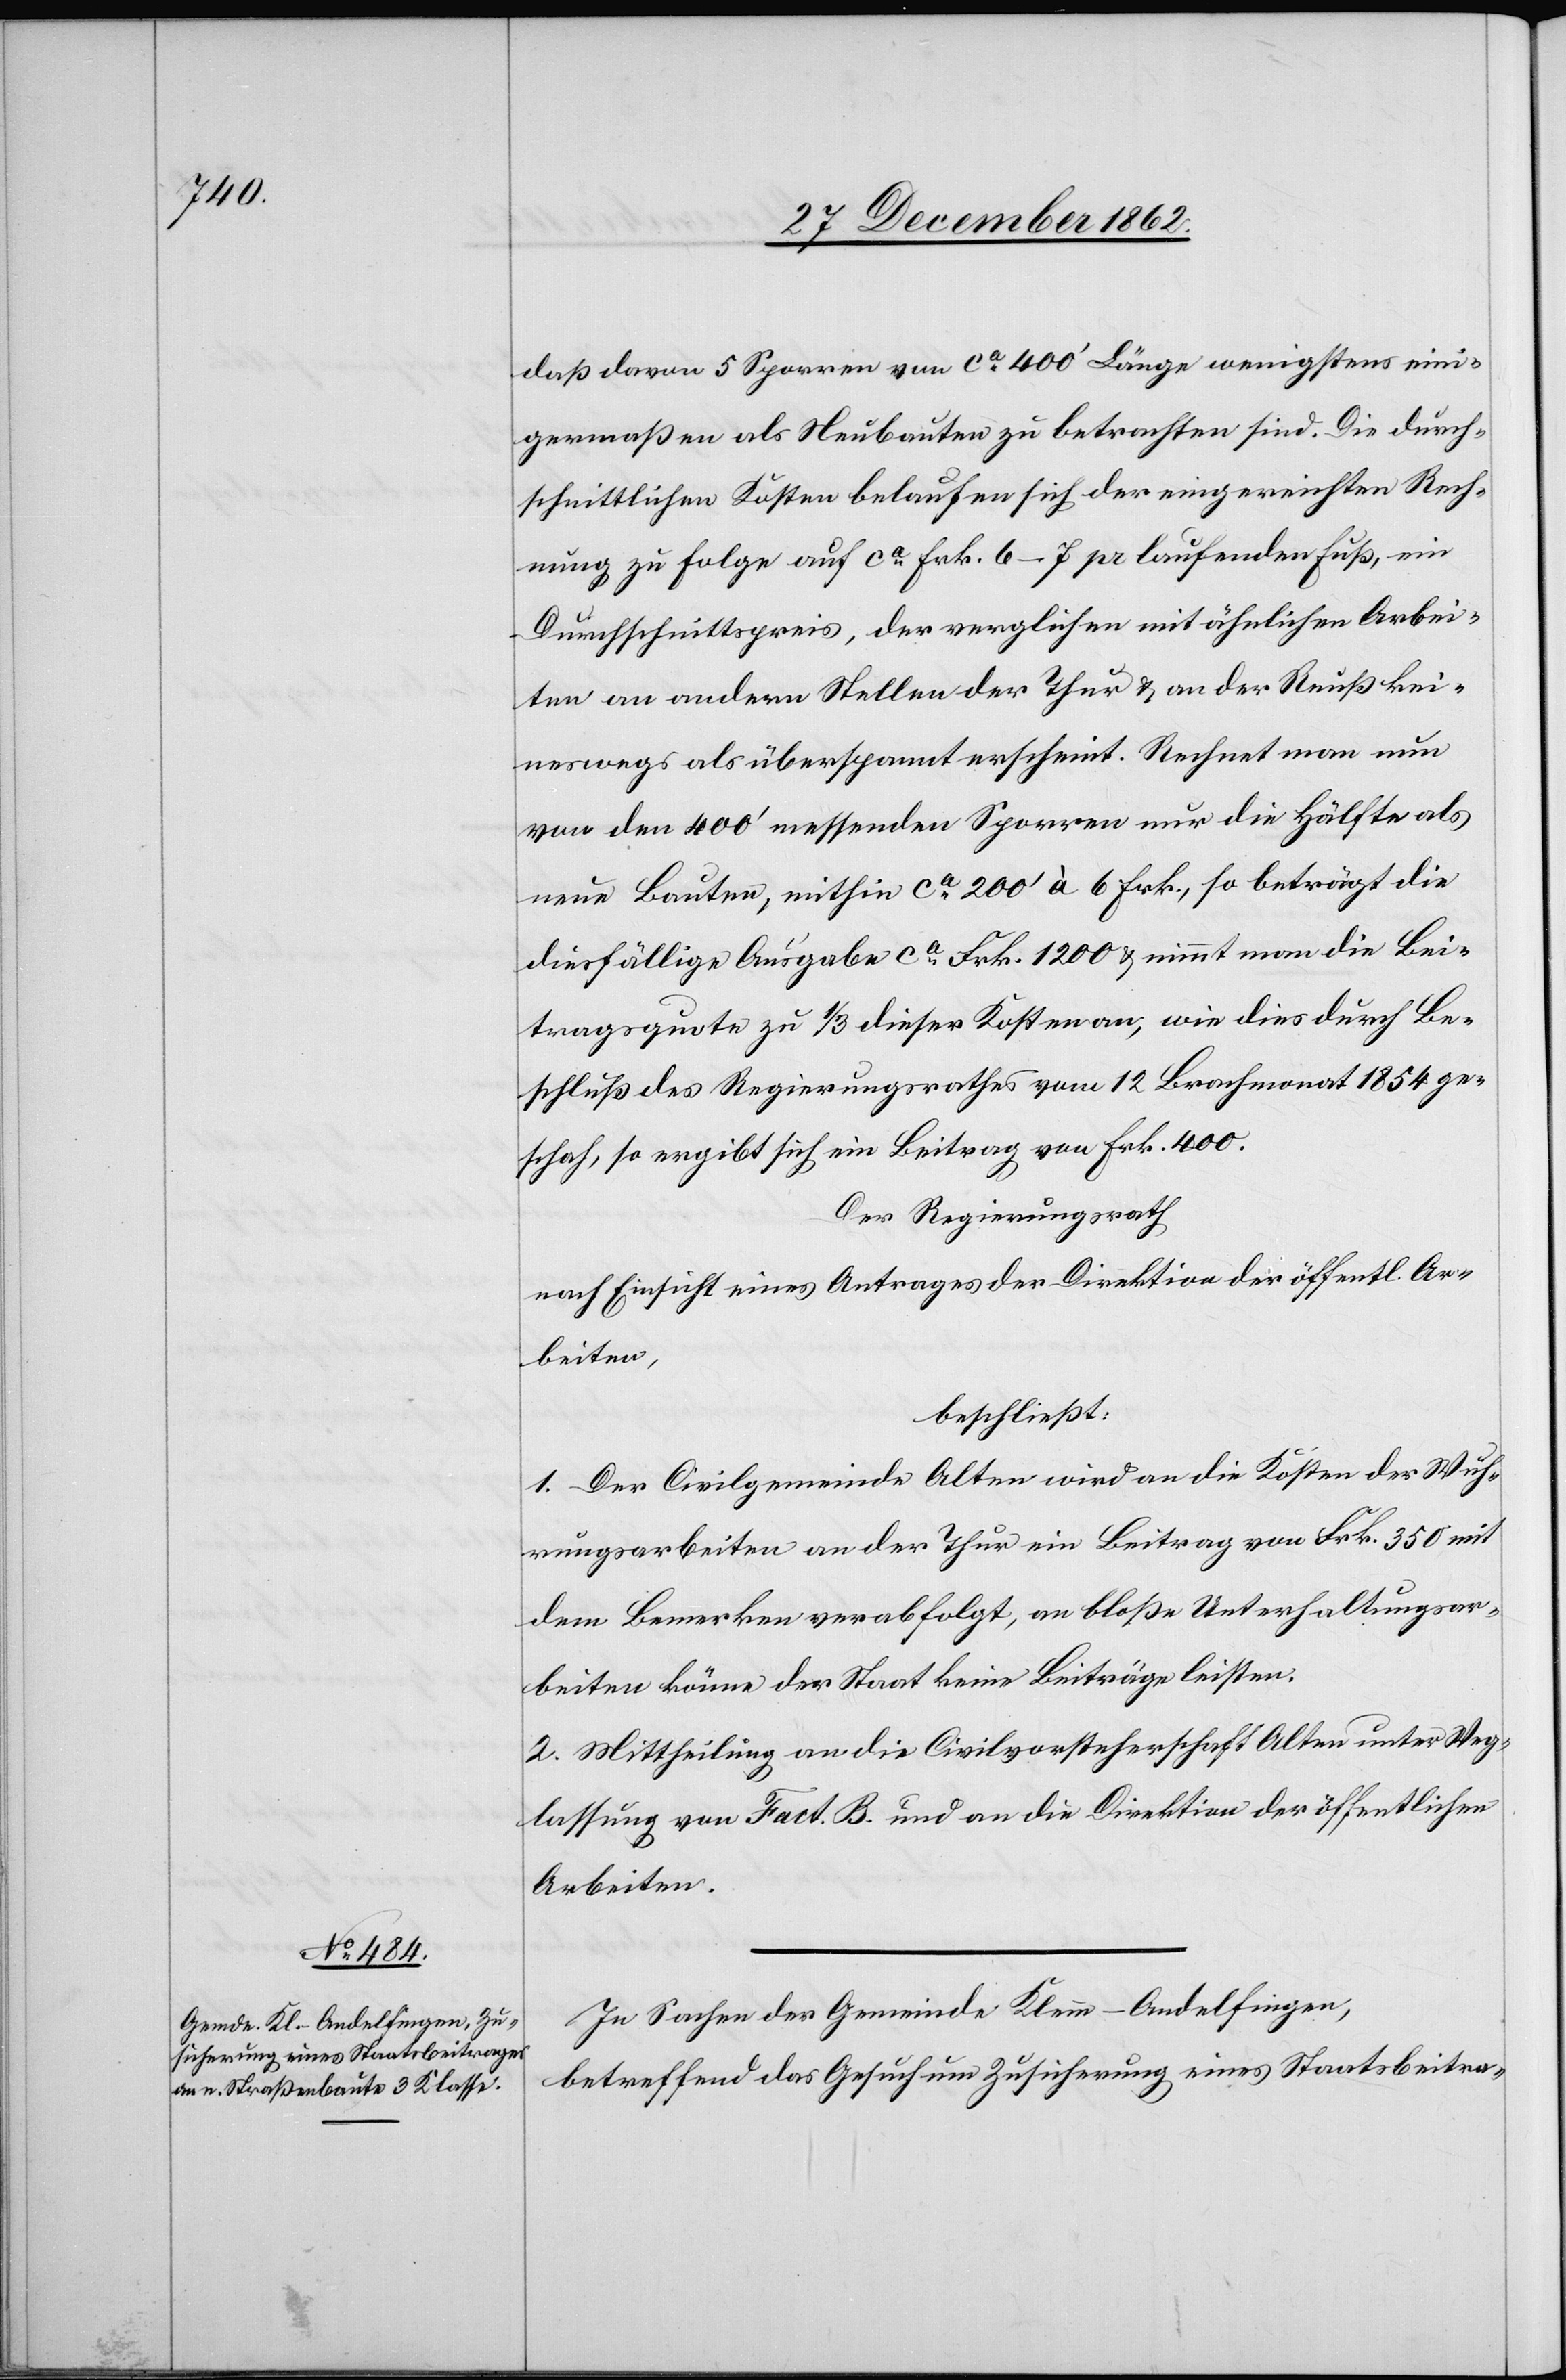
daß davon 5 Sporren von ca 400’ Länge wenigstens eini¬
germaßen als Neubauten zu betrachten sind. Die durch¬
schnittlichen Kosten belaufen sich der eingereichten Rech¬
nung zu Folge auf ca Frk. 6–7 pr. laufenden Fuß, ein
Durchschnittspreis, der verglichen mit ähnlichen Arbei¬
ten an andern Stellen der Thur u. an der Reuß kei¬
neswegs als überspannt erscheint. Rechnet man um
von den 400’ messenden Sporren nur die Hälfte als
neue Bauten, mithin ca 200’ à 6 Frk., so beträgt die
diesfällige Ausgabe ca Frk. 1200 u. nimmt man die Bei¬
tragsquote zu 1/3 dieser Kosten an, wie dies durch Be¬
schluß des Regierungsrathes vom 12. Brachmonat 1854 ge¬
schah, so ergibt sich ein Beitrag von Frk. 400.
Der Regierungsrath
nach Einsicht eines Antrages der Direktion der öffentl. Ar¬
beiten,
beschließt:
1. Der Civilgemeinde Alten wird an die Kosten der Wuh¬
rungsarbeiten an der Thur ein Beitrag von Frk. 350 mit
dem Bemerken verabfolgt, an bloße Unterhaltungsar¬
beiten könne der Staat keine Beiträge leisten.
2. Mittheilung an die Civilvorsteherschaft Alten unter Weg¬
lassung von Fact. B. und an die Direktion der öffentlichen
Arbeiten.
In Sachen der Gemeinde Klein-Andelfingen,
betreffend das Gesuch um Zusicherung eines Staatsbeitra-